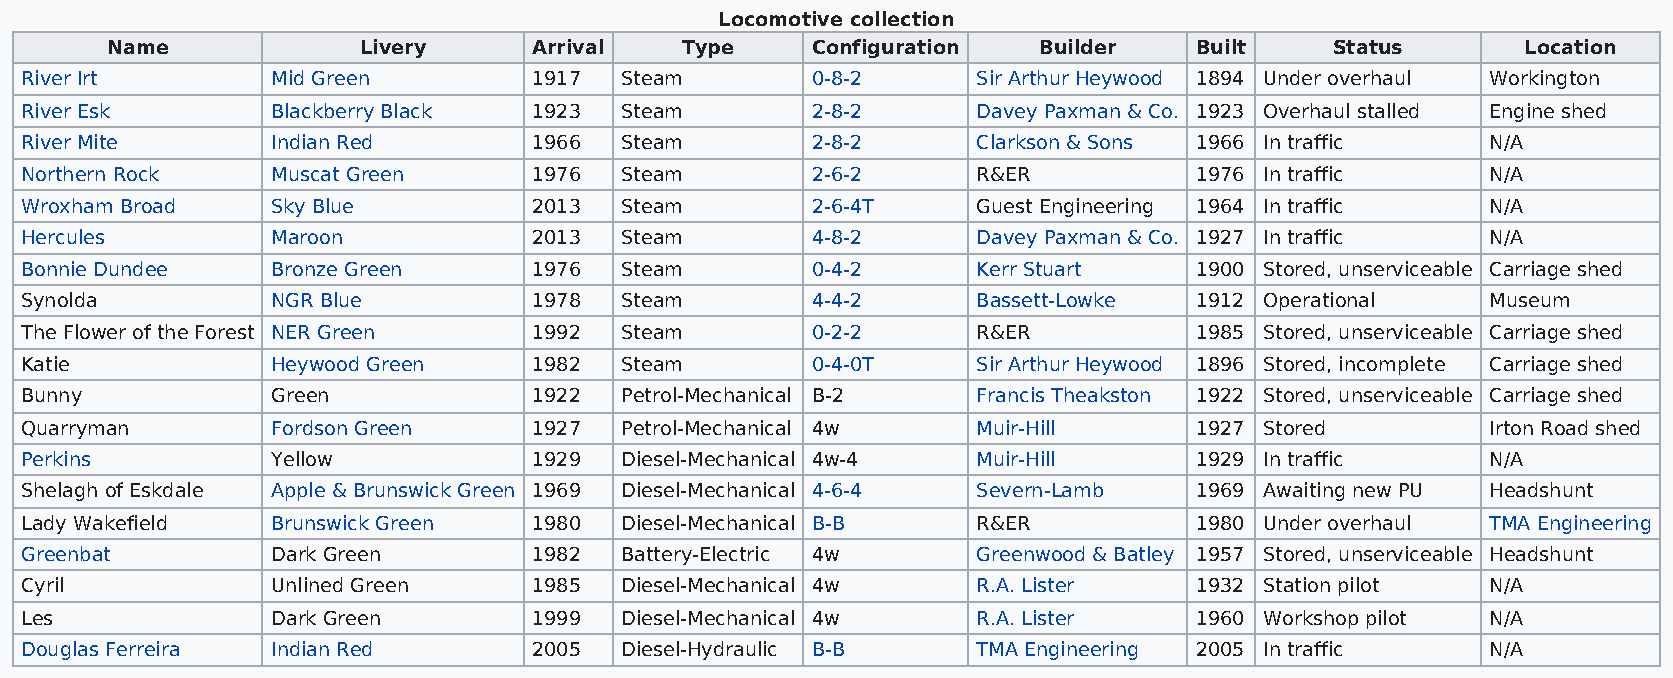
Locomotive collection
 Name             Livery     Arrival   Type     Configuration  Builder   Built    Status       Location
 River Irt        Mid Green        1917  Steam        0-8-2      Sir Arthur Heywood 1894 Under overhaul Workington
 River Esk        Blackberry Black 1923  Steam        2-8-2      Davey Paxman & Co. 1923 Overhaul stalled Engine shed
 River Mite       Indian Red       1966  Steam        2-8-2      Clarkson & Sons 1966 In traffic   N/A
 Northern Rock    Muscat Green     1976  Steam        2-6-2      R&ER          1976 In traffic     N/A
 Wroxham Broad    Sky Blue         2013  Steam        2-6-4T     Guest Engineering 1964 In traffic N/A
 Hercules         Maroon           2013  Steam        4-8-2      Davey Paxman & Co. 1927 In traffic N/A
 Bonnie Dundee    Bronze Green     1976  Steam        0-4-2      Kerr Stuart   1900 Stored, unserviceable Carriage shed
 Synolda          NGR Blue         1978  Steam        4-4-2      Bassett-Lowke 1912 Operational    Museum
 The Flower of the Forest NER Green 1992 Steam        0-2-2      R&ER          1985 Stored, unserviceable Carriage shed
 Katie            Heywood Green    1982  Steam        0-4-0T     Sir Arthur Heywood 1896 Stored, incomplete Carriage shed
 Bunny            Green            1922  Petrol-Mechanical B-2   Francis Theakston 1922 Stored, unserviceable Carriage shed
 Quarryman        Fordson Green    1927  Petrol-Mechanical 4w    Muir-Hill     1927 Stored         Irton Road shed
 Perkins          Yellow           1929  Diesel-Mechanical 4w-4  Muir-Hill     1929 In traffic     N/A
 Shelagh of Eskdale Apple & Brunswick Green 1969 Diesel-Mechanical 4-6-4 Severn-Lamb 1969 Awaiting new PU Headshunt
 Lady Wakefield   Brunswick Green  1980  Diesel-Mechanical B-B   R&ER          1980 Under overhaul TMA Engineering
 Greenbat         Dark Green       1982  Battery-Electric 4w     Greenwood & Batley 1957 Stored, unserviceable Headshunt
 Cyril            Unlined Green    1985  Diesel-Mechanical 4w    R.A. Lister   1932 Station pilot  N/A
 Les              Dark Green       1999  Diesel-Mechanical 4w    R.A. Lister   1960 Workshop pilot N/A
 Douglas Ferreira Indian Red       2005  Diesel-Hydraulic B-B    TMA Engineering 2005 In traffic   N/A